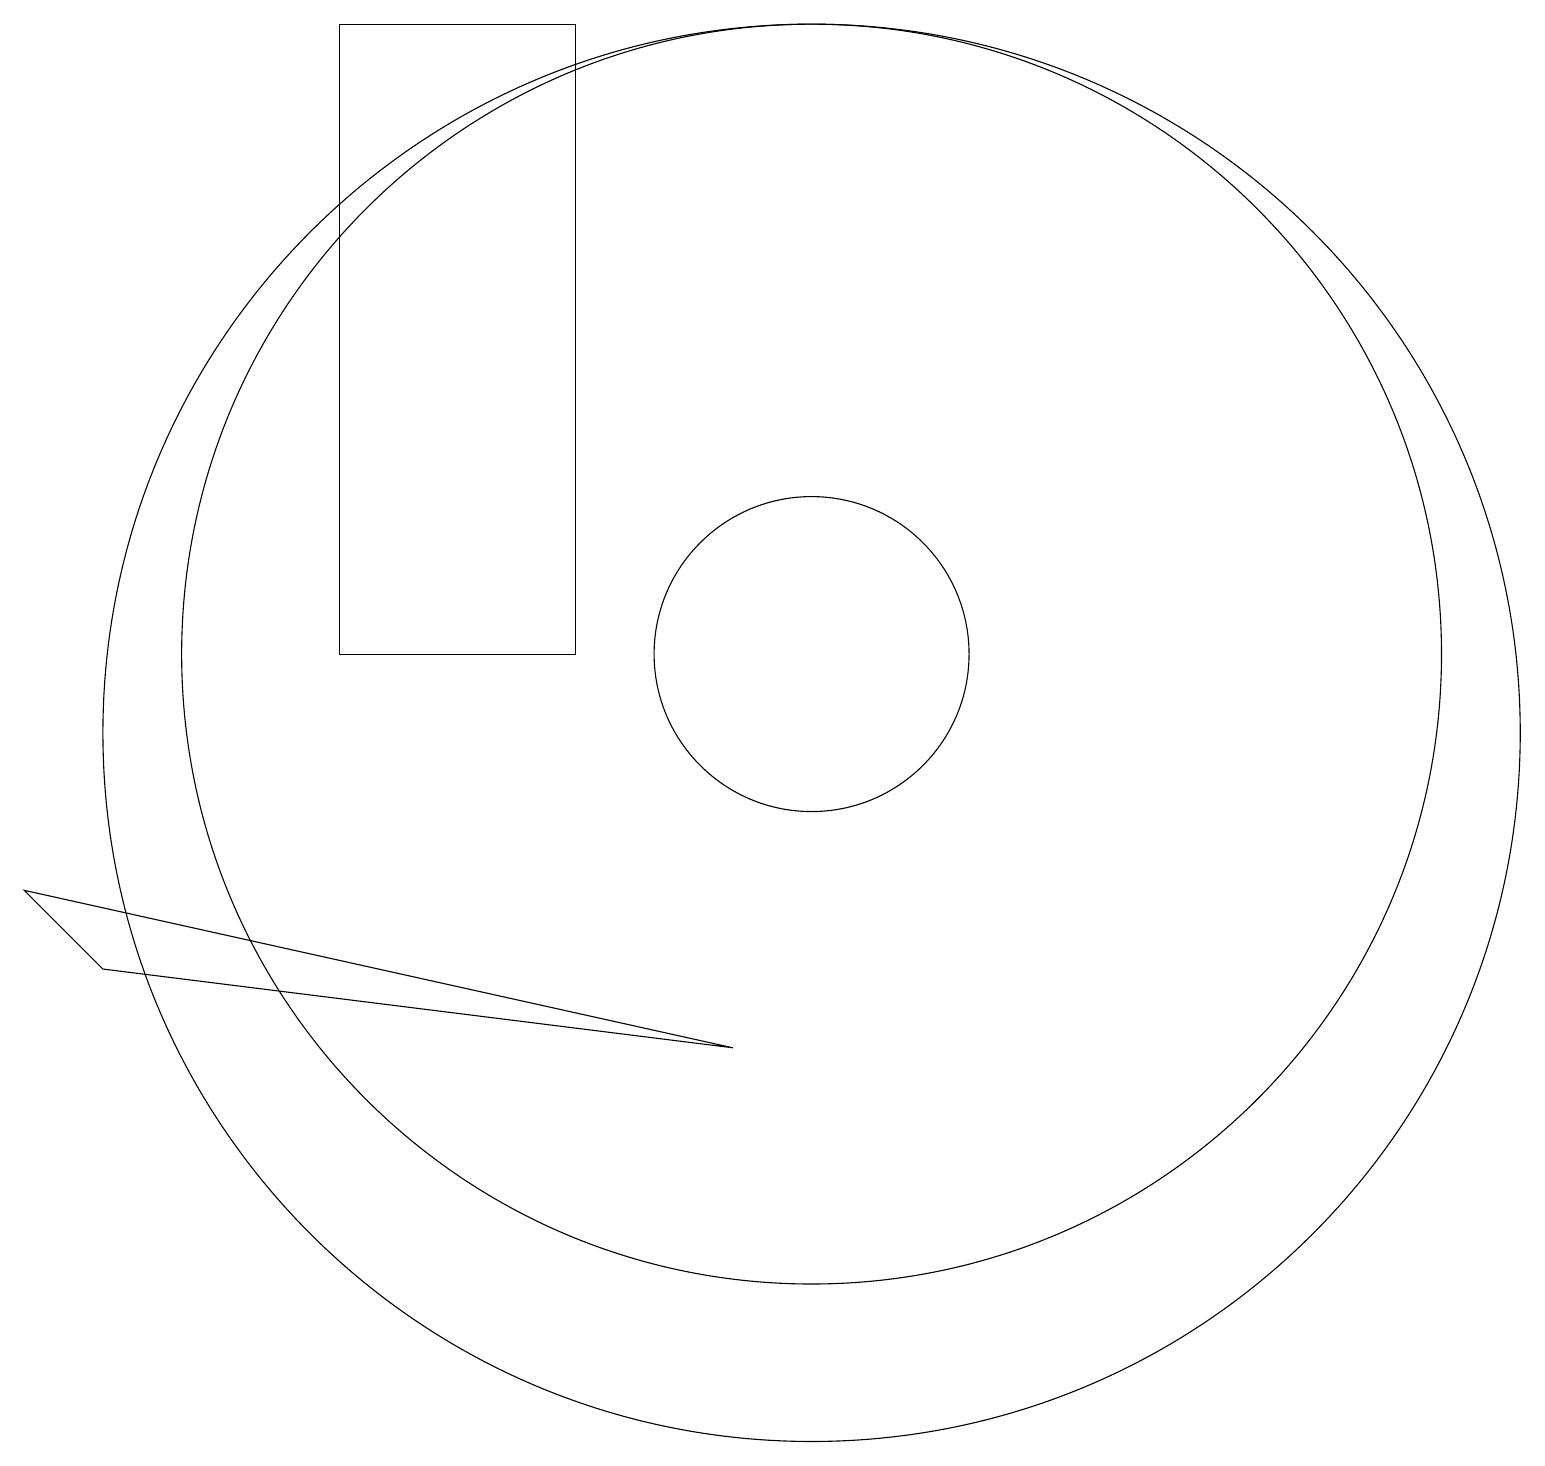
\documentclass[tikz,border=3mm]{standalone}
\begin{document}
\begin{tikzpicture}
\draw (4,19) rectangle (7,11);
\draw (10,11) circle (2);
\draw (10,10) circle (9);
\draw (9,6) -- (0,8) -- (1,7) -- cycle;
\draw (10,11) circle (8);
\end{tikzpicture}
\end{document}